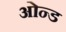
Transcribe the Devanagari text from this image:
ओन्ड